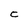
Character: C